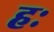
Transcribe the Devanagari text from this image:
हः